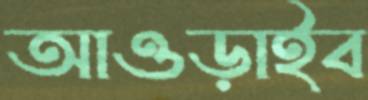
আওড়াইব